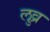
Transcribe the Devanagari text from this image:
लुव्र